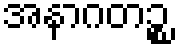
အနာဂတဉ္စ